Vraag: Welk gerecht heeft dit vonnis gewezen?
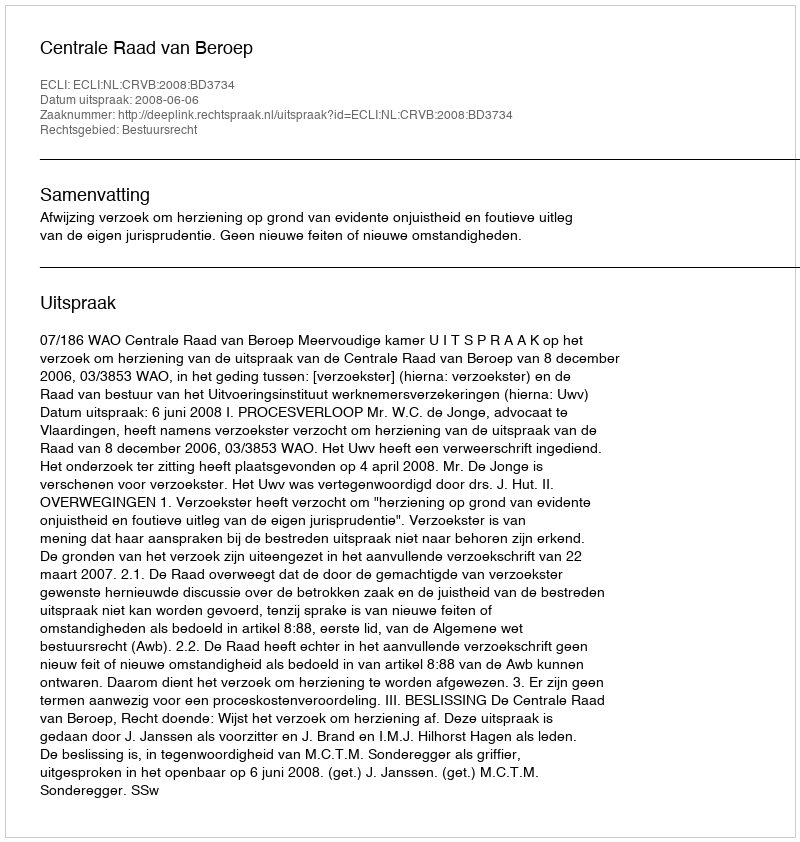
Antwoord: Centrale Raad van Beroep